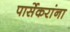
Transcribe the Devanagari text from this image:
पार्सेकरांना